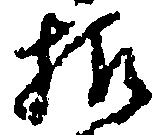
様